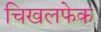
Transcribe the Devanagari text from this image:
चिखलफेक